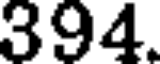
394.